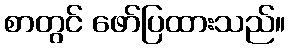
စာတွင် ဖော်ပြထားသည်။